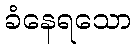
ခံနေရသော